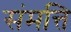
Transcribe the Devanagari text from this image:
संमत्ति